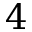
4